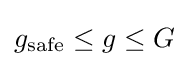
g_{\text{safe}}\leq g\leq G